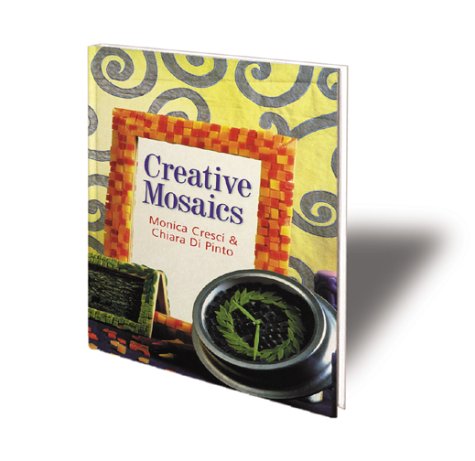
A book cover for Creative Mosaics; Monica Cresci; Arts & Photography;